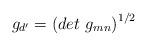
LaTeX: \begin{align*}g_{d^{\prime}} = \left( det~g_{mn} \right) ^{1/2}\end{align*}